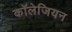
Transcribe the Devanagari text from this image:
कॉलेजियन